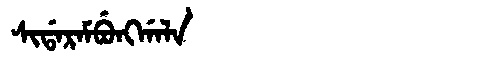
Manchu: ᠰᡳᡩᠠᡵᠠᠮᠪᡠᠩᡤᠠᠯᠠ
Romanization: SIDARAMBUNGGALA